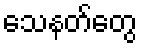
သေနတ်တွေ